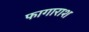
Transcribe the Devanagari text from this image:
फागाराश